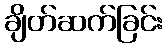
ချိတ်ဆက်ခြင်း